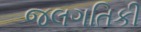
જલગતિકી